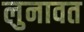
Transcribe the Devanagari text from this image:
लुनावत